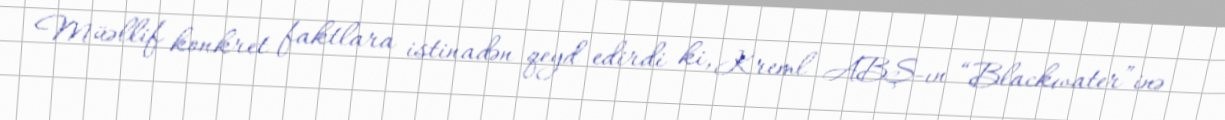
Müəllif konkret faktlara istinadən qeyd edirdi ki, Kreml ABŞ-ın “Blackwater”inə